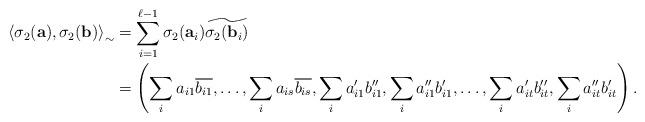
LaTeX: \begin{align*}\left\langle \sigma_2(\textbf{a}), \sigma_2(\textbf{b})\right\rangle_\sim&=\sum_{i=1}^{\ell-1}\sigma_2(\textbf{a}_i)\widetilde{\sigma_2(\textbf{b}_i)}\\&=\left(\sum_i a_{i1}\overline{b_{i1}},\ldots,\sum_ia_{is}\overline{b_{is}},\sum_i a_{i1}'b_{i1}'', \sum_ia_{i1}''b_{i1}',\ldots,\sum_ia_{it}'b_{it}'', \sum_ia_{it}''b_{it}'\right).\end{align*}